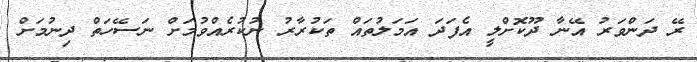
ރޭ ދަންވަރު އޭނާ ދޫކޮށްލީ އެފަދަ އަަމަލުތައް ތަކުރާރު ނުކުރެއްވުމަށް ނަސޭހަތް ދިނުމަށް